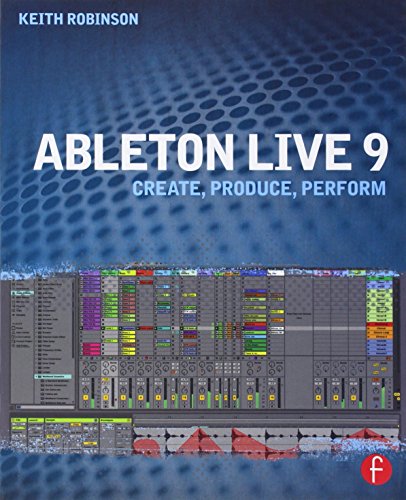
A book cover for Ableton Live 9: Create, Produce, Perform; Keith Robinson; Computers & Technology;